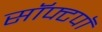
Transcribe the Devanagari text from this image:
सॉफ्टपॉ